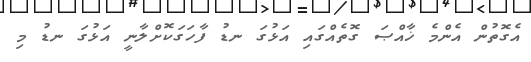
އެގޮތުން އެންމެ ޚާއްޞަ ގޮތެއްގައި އަޅުގަ ނޑު ފާހަގަކޮށްލާނީ އަޅުގަ ނޑު މި